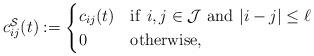
LaTeX: \begin{align*} c_{ij}^{\mathcal{S}}(t):=\begin{cases} c_{ij}(t) &\mathrm{if}\,\, i,j\in \mathcal{J} \,\, \mathrm{and}\,\, |i-j|\le \ell \\ 0 & \mathrm{otherwise}, \end{cases}\end{align*}